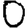
Digit: 0